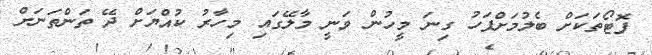
ފޮޓޯތަކަށް ބެލުމަށްފަހު ގިނަ މީހުން ވަނީ މާލޭގައި މިހާރު ކުއްޔަށް ދޭ ތަންތަނަށް